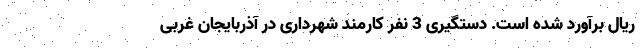
ریال برآورد شده است. دستگیری 3 نفر کارمند شهرداری در آذربایجان غربی